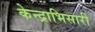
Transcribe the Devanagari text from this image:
केन्द्राभिसारी